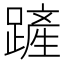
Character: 𨄉